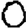
Digit: 0